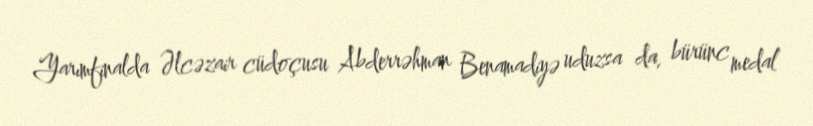
Yarımfinalda Əlcəzair cüdoçusu Abderrəhman Benamadiyə uduzsa da, bürünc medal